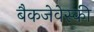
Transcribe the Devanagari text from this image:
बैकजेवेस्की